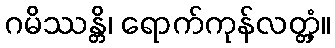
ဂမိဿန္တိ၊ ရောက်ကုန်လတ္တံ့။